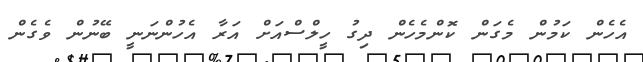
އެހެން ކަމުން މެގަން ކޮންމެހެން ދިގު ހީލްސްއަށް އަރާ އެހުންނަނީ ބޭނުން ވެގެން